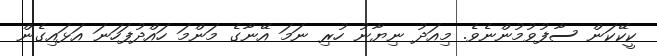
ކީކޭކަން ސާފުވުމުންނެވެ. މިއަދު ނިޔާނު ހުރި ނަމަ އޭނާގެ މަންމަ ހައްދުފަހަނަ އަޅައިގެން